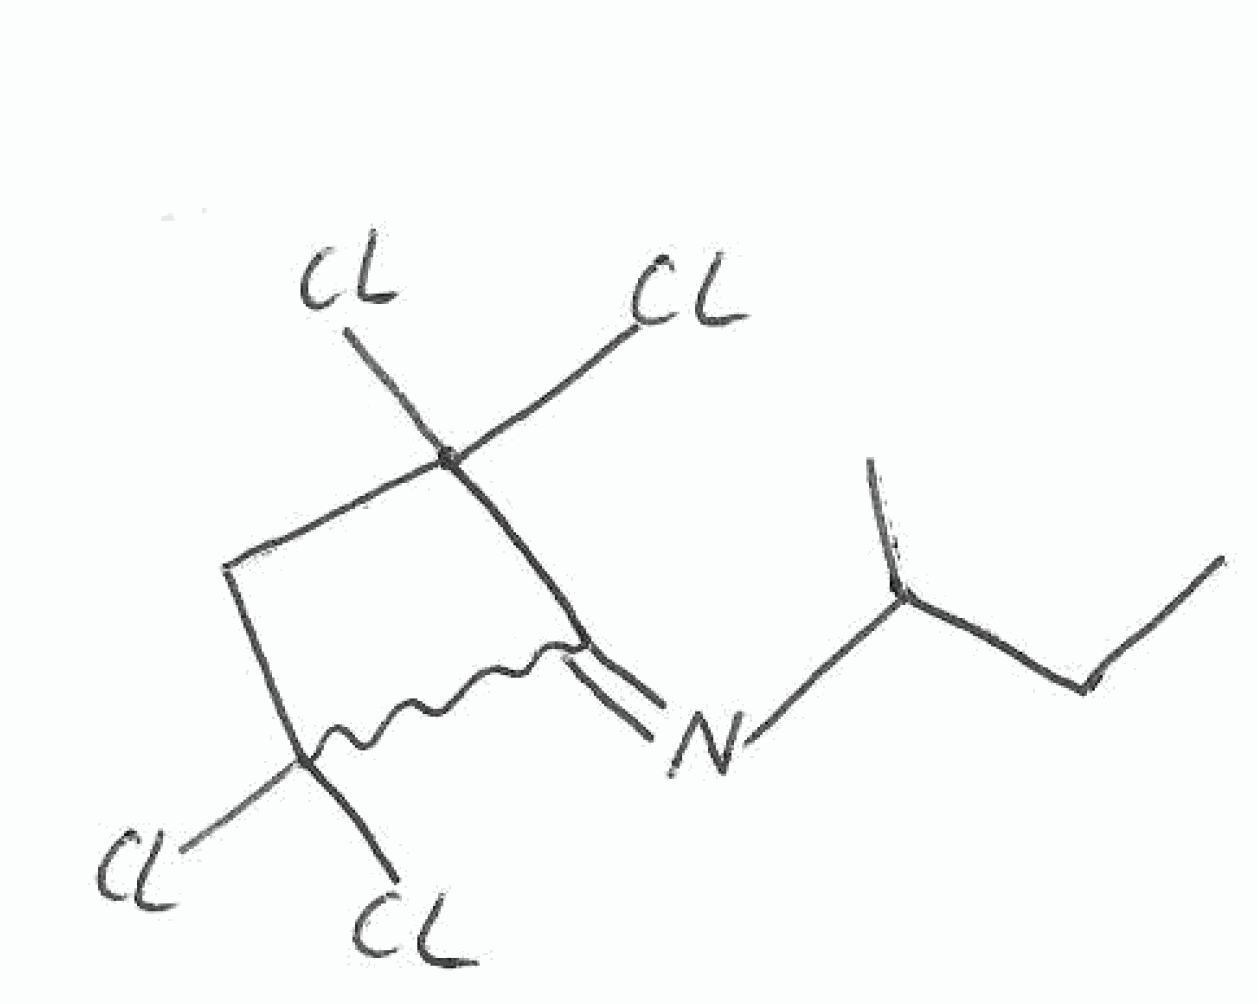
Simplified molecular-input line-entry system (SMILES) notation of the given molecule:
CCC(C)N=C1C(CC1(Cl)Cl)(Cl)Cl